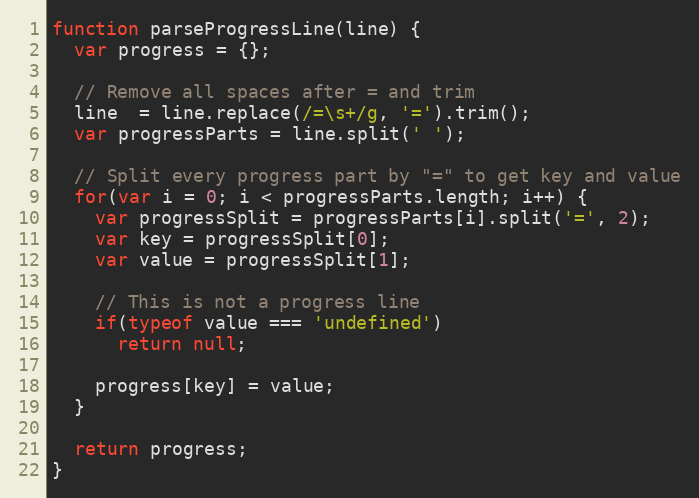
Language: JavaScript
function parseProgressLine(line) {
  var progress = {};

  // Remove all spaces after = and trim
  line  = line.replace(/=\s+/g, '=').trim();
  var progressParts = line.split(' ');

  // Split every progress part by "=" to get key and value
  for(var i = 0; i < progressParts.length; i++) {
    var progressSplit = progressParts[i].split('=', 2);
    var key = progressSplit[0];
    var value = progressSplit[1];

    // This is not a progress line
    if(typeof value === 'undefined')
      return null;

    progress[key] = value;
  }

  return progress;
}